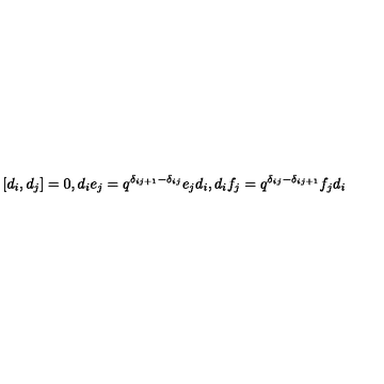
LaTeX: [ d _ { i } , d _ { j } ] = 0 , d _ { i } e _ { j } = q ^ { { \delta } _ { i j + 1 } - { \delta } _ { i j } } e _ { j } d _ { i } , d _ { i } f _ { j } = q ^ { { \delta } _ { i j } - { \delta } _ { i j + 1 } } f _ { j } d _ { i }